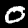
Digit: 0